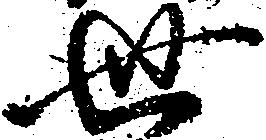
世